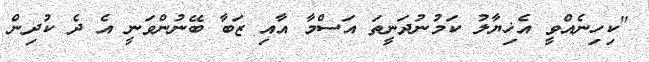
"ކިހިނެއްވީ އެޚިޔާލު ކަމުނުދަނީތަ އަސްމާ އާއި ޒަބާ ބޭނުންވަނީ އެ ދެ ކުދިން